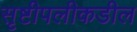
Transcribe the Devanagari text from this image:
सृष्टीपलीकडील